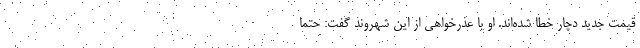
قیمت جدید دچار خطا شده‌اند. او با عذرخواهی از این شهروند گفت: حتما